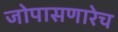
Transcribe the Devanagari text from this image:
जोपासणारेच